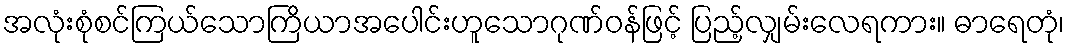
အလုံးစုံစင်ကြယ်သောကြိယာအပေါင်းဟူသောဂုဏ်ဝန်ဖြင့် ပြည့်လျှမ်းလေရကား။ ဓာရေတုံ၊